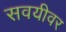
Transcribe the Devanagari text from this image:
सवयीवर